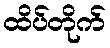
ထိပ်တိုက်